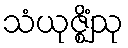
သံယုဇ္ဈိံသု